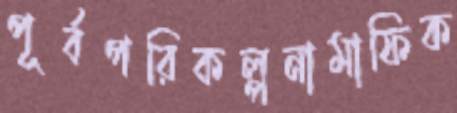
পূর্বপরিকল্পনামাফিক